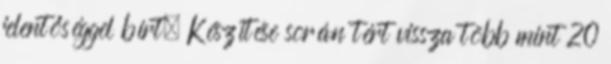
jelentőséggel bírt. Készítése során tért vissza több mint 20